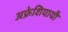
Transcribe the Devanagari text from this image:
अफ्रेशियायी